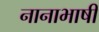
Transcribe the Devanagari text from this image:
नानाभाषी